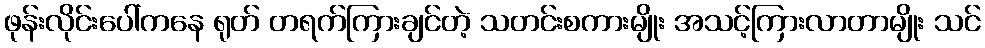
ဖုန်းလိုင်းပေါ်ကနေ ရုတ် တရက်ကြားချင်တဲ့ သတင်းစကားမျိုး အသင့်ကြားလာတာမျိုး သင်